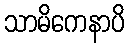
သာမိကေနာပိ